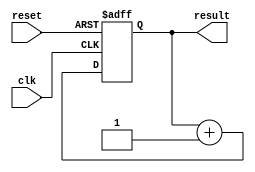
///////////////////////////////////////////
//  Functionality: Counter with asynchronous reset
////////////////////////////////////////

module counter128_async_reset (
	clk,
	reset,
	result
);

	input clk;
	input reset;
	output [127:0] result;

	reg [127:0] result;
  
    initial begin
      result <= 0;
    end

	always @(posedge clk or posedge reset)
	begin
		if (reset) 
			result = 0;		
		else 
			result = result + 1;
	end
endmodule